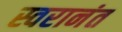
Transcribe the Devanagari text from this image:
स्वरानंत